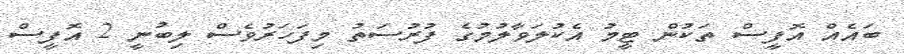
ބައެއް އޮފީސް ތަކުން ޓީމު އެކުލަވާލުމުގެ ފުރުސަތު މިފަހަރުވެސް ލިބުނީ 2 އޮފީސް